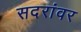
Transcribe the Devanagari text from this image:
सदरांवर